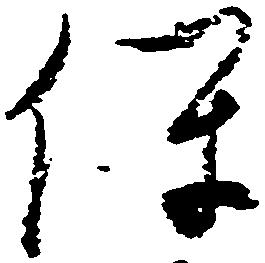
保